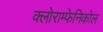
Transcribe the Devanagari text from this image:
क्लोराम्फेनिकोल